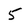
Character: 5